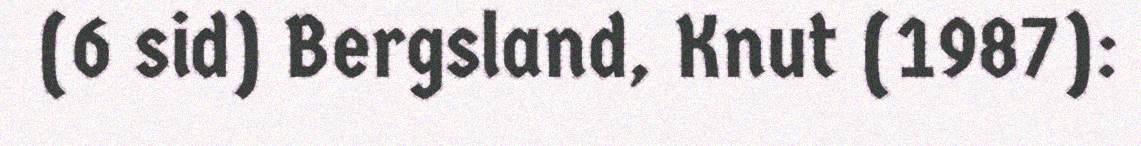
(6 sid) Bergsland, Knut (1987):